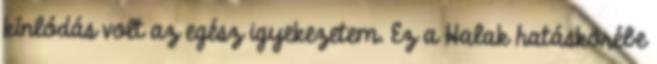
kínlódás volt az egész igyekezetem. Ez a Halak hatáskörébe